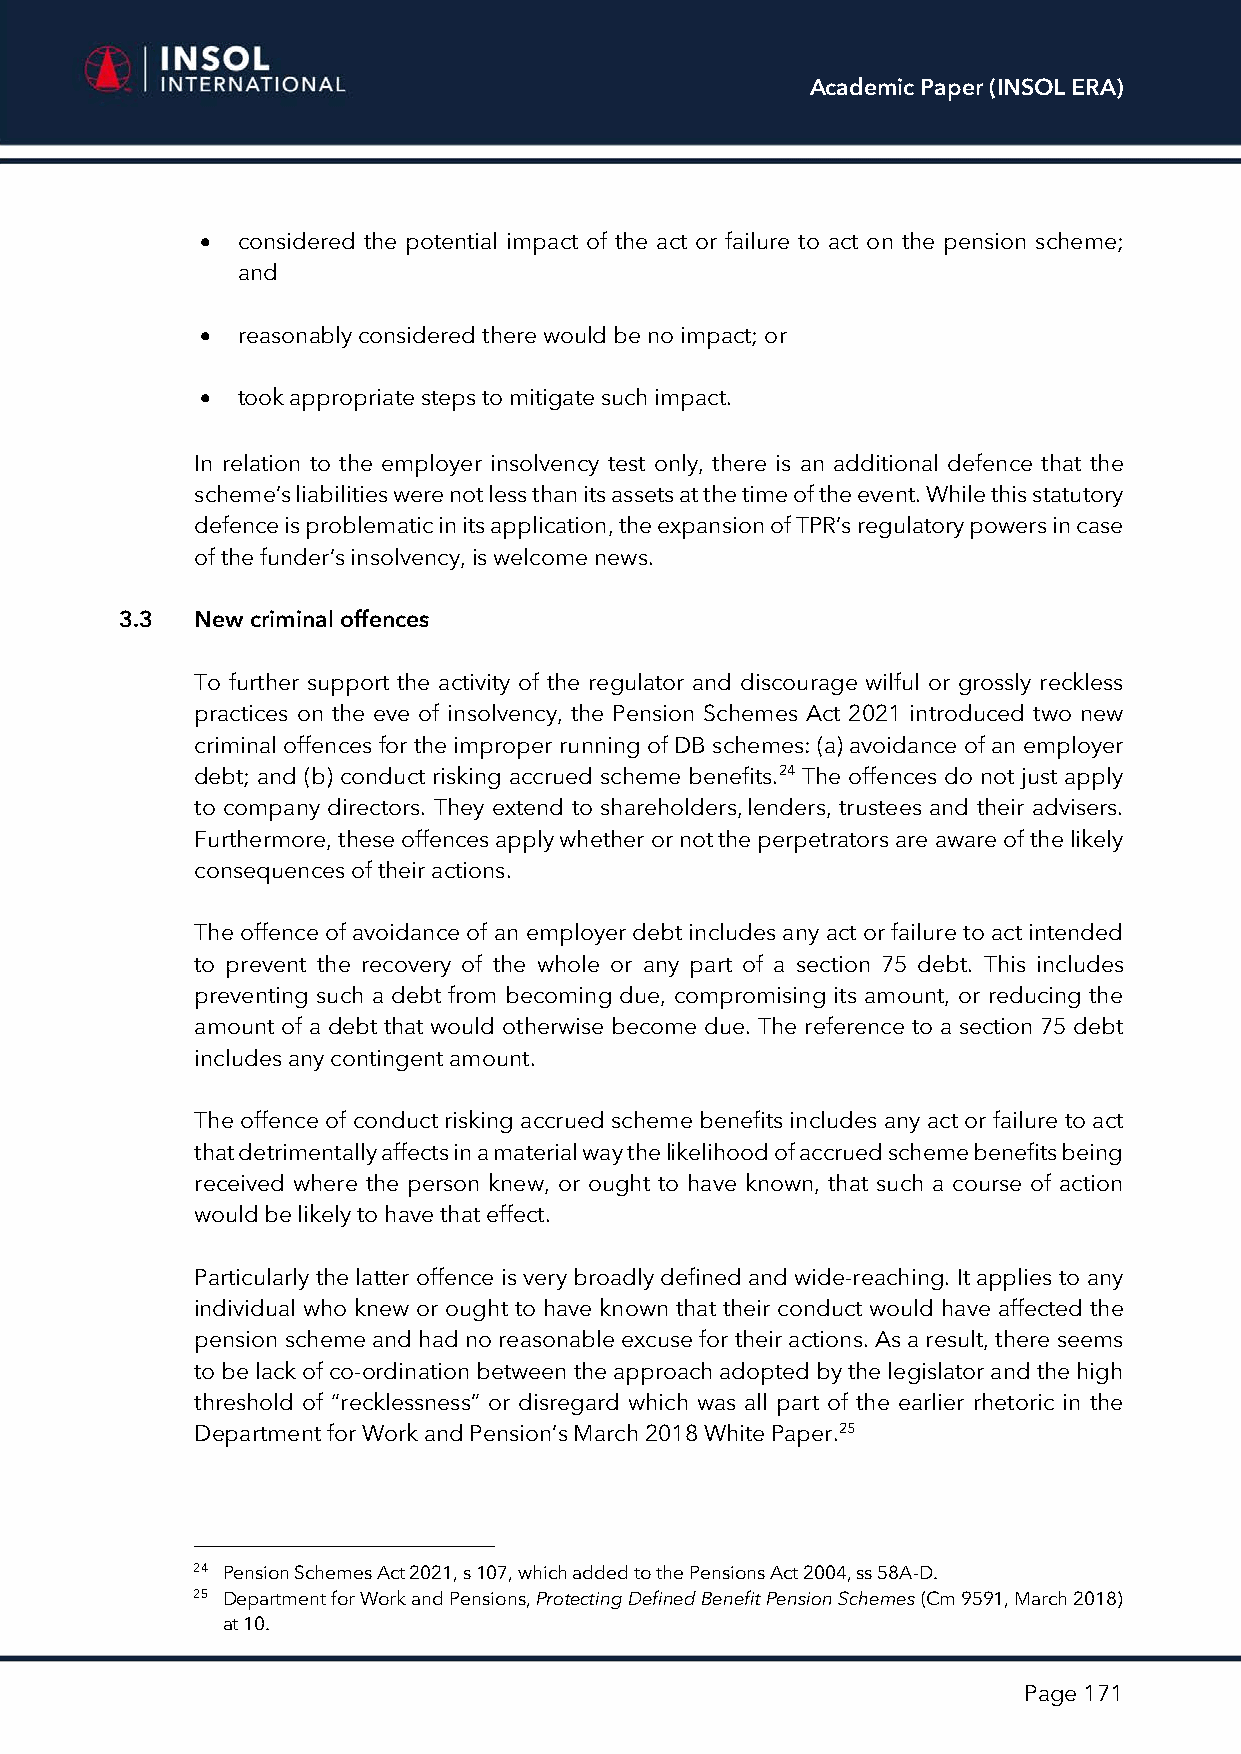
Academic Paper (INSOL ERA)
 •  considered the potential impact of the act or failure to act on the pension scheme;
 and
 •  reasonably considered there would be no impact; or
 •  took appropriate steps to mitigate such impact.
 In relation to the employer insolvency test only, there is an additional defence that the
 scheme’s liabilities were not less than its assets at the time of the event. While this statutory
 defence is problematic in its application, the expansion of TPR’s regulatory powers in case
 of the funder’s insolvency, is welcome news.
 3.3  New criminal offences
 To further support the activity of the regulator and discourage wilful or grossly reckless
 practices on the eve of insolvency, the Pension Schemes Act 2021 introduced two new
 criminal offences for the improper running of DB schemes: (a) avoidance of an employer
 debt; and (b) conduct risking accrued scheme benefits.24 The offences do not just apply
 to company directors. They extend to shareholders, lenders, trustees and their advisers.
 Furthermore, these offences apply whether or not the perpetrators are aware of the likely
 consequences of their actions.
 The offence of avoidance of an employer debt includes any act or failure to act intended
 to prevent the recovery of the whole or any part of a section 75 debt. This includes
 preventing such a debt from becoming due, compromising its amount, or reducing the
 amount of a debt that would otherwise become due. The reference to a section 75 debt
 includes any contingent amount.
 The offence of conduct risking accrued scheme benefits includes any act or failure to act
 that detrimentally affects in a material way the likelihood of accrued scheme benefits being
 received where the person knew, or ought to have known, that such a course of action
 would be likely to have that effect.
 Particularly the latter offence is very broadly defined and wide-reaching. It applies to any
 individual who knew or ought to have known that their conduct would have affected the
 pension scheme and had no reasonable excuse for their actions. As a result, there seems
 to be lack of co-ordination between the approach adopted by the legislator and the high
 threshold of “recklessness” or disregard which was all part of the earlier rhetoric in the
 Department for Work and Pension’s March 2018 White Paper.25
 24 Pension Schemes Act 2021, s 107, which added to the Pensions Act 2004, ss 58A-D.
 25 Department for Work and Pensions, Protecting Defined Benefit Pension Schemes (Cm 9591, March 2018)
 at 10.
 Page 171